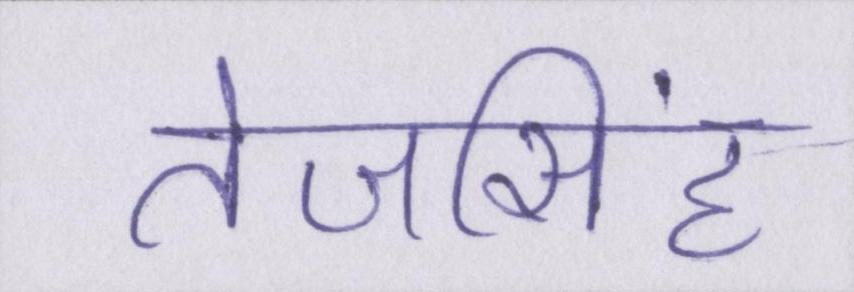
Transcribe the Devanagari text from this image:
तेजसिंह